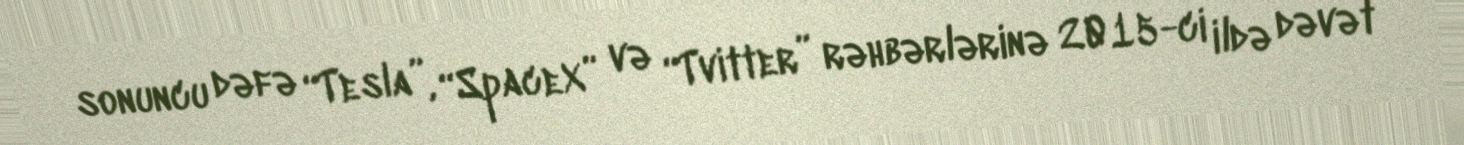
sonuncu dəfə “Tesla”, “SpaceX” və “Tvitter” rəhbərlərinə 2015-ci ildə dəvət